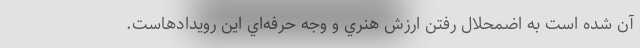
آن شده است به اضمحلال رفتن ارزش هنري و وجه حرفه‌اي اين رويدادهاست.